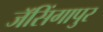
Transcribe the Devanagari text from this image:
जॅसिंगापुर